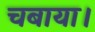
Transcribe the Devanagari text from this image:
चबाया।